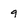
Character: 9